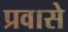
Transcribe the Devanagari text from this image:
प्रवासे